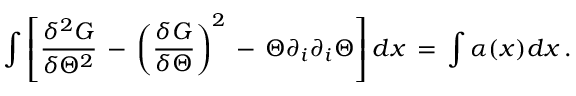
\int \left[ { \frac { \delta ^ { 2 } G } { \delta \Theta ^ { 2 } } } \, - \, \left( { \frac { \delta G } { \delta \Theta } } \right) ^ { 2 } \, - \, \Theta \partial _ { i } \partial _ { i } \Theta \right] d x \, = \, \int \alpha ( x ) d x \, .